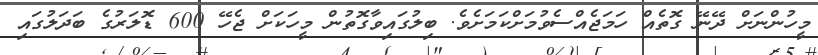
މީހުންނަށް ދޭނޭ ގޮތެއް ހަމަޖެއްސެވުމަށްކަމަށެވެ. ބިލުގައިވާގޮތުން މީހަކަށް ޖެހޭ 600 ޑޮލަރުގެ ބަދަލުގައި